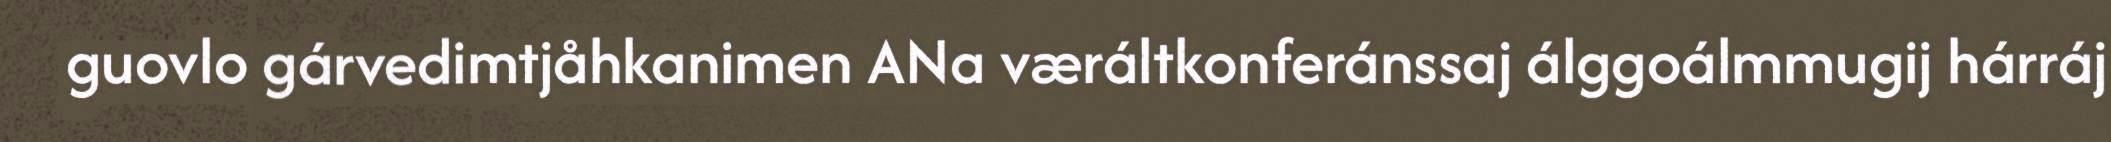
guovlo gárvedimtjåhkanimen ANa væráltkonferánssaj álggoálmmugij hárráj